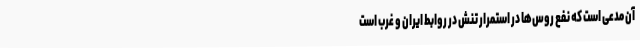
آن مدعی است که نفع روس‌ها در استمرار تنش در روابط ایران و غرب است